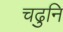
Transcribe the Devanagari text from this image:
चढुनि